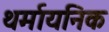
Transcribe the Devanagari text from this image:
थर्मायनिक